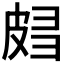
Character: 𰤧